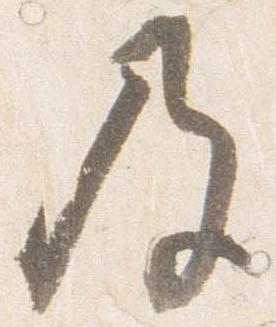
及